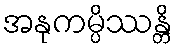
အနုကမ္ပိဿန္တိ